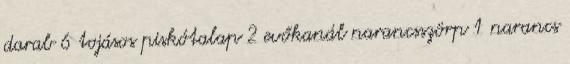
darab 6 tojásos piskótalap 2 evőkanál narancsszörp 1 narancs